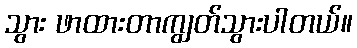
သွား ဖာထားတာကျွတ်သွားပါတယ်။